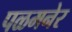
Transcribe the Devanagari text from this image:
पळमनेर